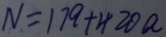
N = 1 7 9 + 4 2 0 a